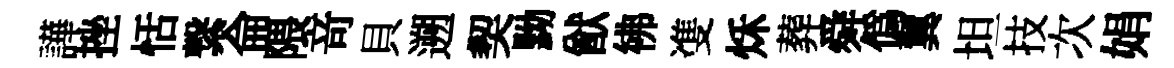
譁挫恬繋侖隈竒貝遡契黝猷彿㕠秌葬舜偽翼坦技次娟